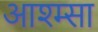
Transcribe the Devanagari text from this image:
आश्म्सा